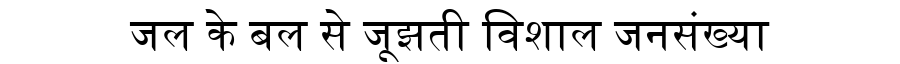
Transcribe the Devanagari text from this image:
जल के बल से जूझती विशाल जनसंख्या